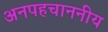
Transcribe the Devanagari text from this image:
अनपहचाननीय